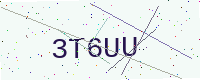
Text: 3T6UU